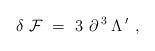
LaTeX: \begin{align*}\delta \; {\cal F} \ = \ 3 \ \partial^{\; 3} \, \Lambda^{\; \prime} \ ,\end{align*}